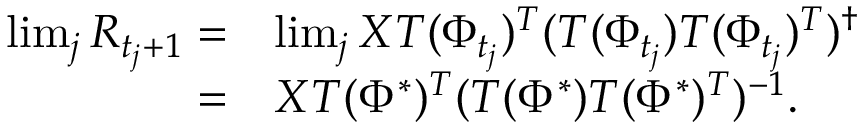
\begin{array} { r l } { \operatorname* { l i m } _ { j } R _ { t _ { j } + 1 } = } & { \operatorname* { l i m } _ { j } X T ( \Phi _ { t _ { j } } ) ^ { T } ( T ( \Phi _ { t _ { j } } ) T ( \Phi _ { t _ { j } } ) ^ { T } ) ^ { \dagger } } \\ { = } & { X T ( \Phi ^ { * } ) ^ { T } ( T ( \Phi ^ { * } ) T ( \Phi ^ { * } ) ^ { T } ) ^ { - 1 } . } \end{array}